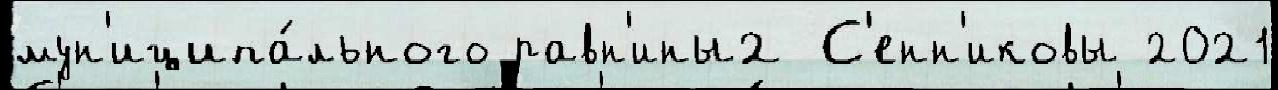
мун'иципа́льного равн'ины2 С'енн'иковы 2021